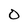
Character: O